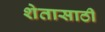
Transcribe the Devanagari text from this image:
शेतासाठी